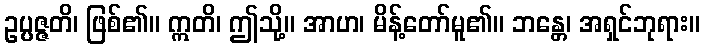
ဥပ္ပဇ္ဇတိ၊ ဖြစ်၏။ ဣတိ၊ ဤသို့။ အာဟ၊ မိန့်တော်မူ၏။ ဘန္တေ၊ အရှင်ဘုရား။